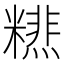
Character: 𥼞